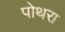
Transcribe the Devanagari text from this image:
पोथरा